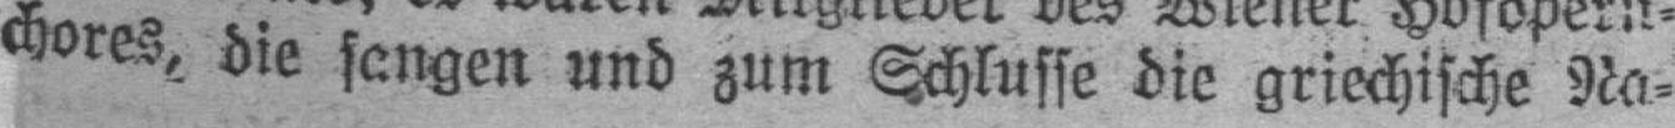
chores, die sangen und zum Schluffe die griechische Na¬